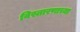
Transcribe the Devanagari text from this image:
विस्तारणाच्या